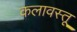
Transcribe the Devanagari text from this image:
कलावस्तू